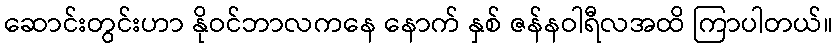
ဆောင်းတွင်းဟာ နိုဝင်ဘာလကနေ နောက် နှစ် ဇန်နဝါရီလအထိ ကြာပါတယ်။